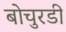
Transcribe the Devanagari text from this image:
बोचुरडी